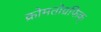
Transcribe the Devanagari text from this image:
क्रोमतोग्रफिक्